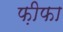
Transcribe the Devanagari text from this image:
फ़ीफा